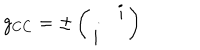
LaTeX: g _ { C C } = \pm \left( \begin{array} { c c } { { } } & { { i } } \\ { { i } } & { { } } \\ \end{array} \right)